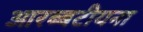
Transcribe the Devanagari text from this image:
आरब्बटीयना